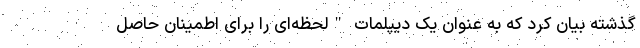
گذشته بیان کرد که به عنوان یک دیپلمات "لحظه‌ای را برای اطمینان حاصل